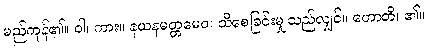
မည်ကုန်၏။ ဝါ၊ ကား။ နယနမတ္တမေဝ၊ သိစေခြင်းမျှသည်လျှင်။ ဟောတိ၊ ၏။